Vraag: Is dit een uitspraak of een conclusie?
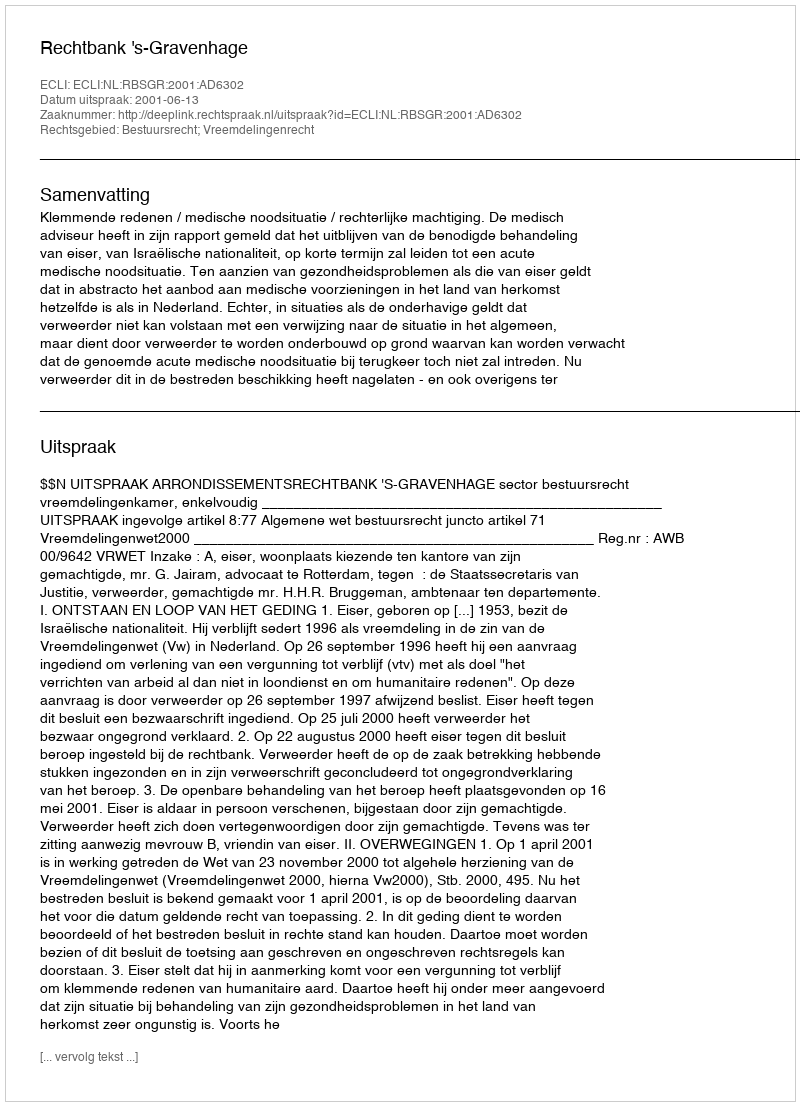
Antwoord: Uitspraak